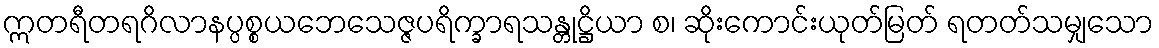
ဣတရီတရဂိလာနပ္ပစ္စယဘေသေဇ္ဇပရိက္ခာရသန္တုဋ္ဌိယာ စ၊ ဆိုးကောင်းယုတ်မြတ် ရတတ်သမျှသော